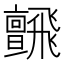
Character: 𩙼